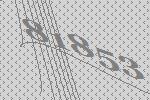
81853